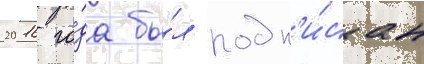
2016 го́да бы́л подп'и́сан